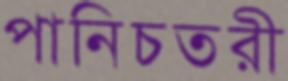
পানিচতরী